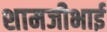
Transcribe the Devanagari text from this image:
शामजीभाई